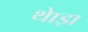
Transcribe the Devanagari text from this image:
थेाड़ा